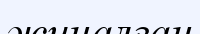
жиналған